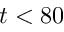
t < 8 0